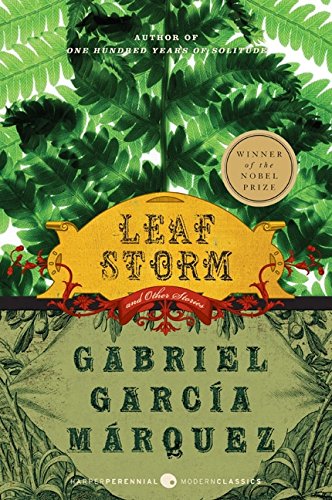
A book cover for Leaf Storm: and Other Stories (Perennial Classics); Gabriel Garcia Marquez; Literature & Fiction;